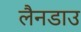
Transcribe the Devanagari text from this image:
लैनडाउ